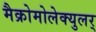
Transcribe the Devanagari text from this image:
मैक्रोमोलेक्युलर्